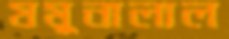
যমুনালাল